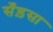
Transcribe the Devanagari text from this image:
सँड़सा